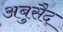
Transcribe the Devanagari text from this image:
अबुसैद